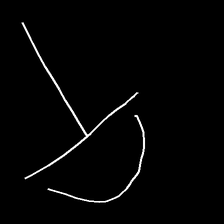
Glyph: dispersion